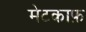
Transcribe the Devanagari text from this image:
मेटकाफ़